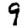
Digit: 9